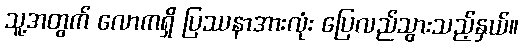
သူ့အတွက် လောကရှိ ပြဿနာအားလုံး ပြေလည်သွားသည့်နှယ်။